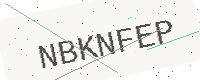
Text: NBKNFEP